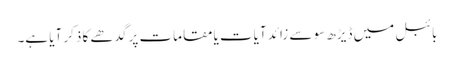
بائبل میں ڈیڑھ سو سے زائد آیات یا مقامات پر گدھے کا ذکر آیا ہے۔